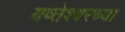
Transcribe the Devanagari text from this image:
यव्तेश्वरच्या